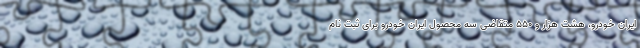
ایران خودرو، هشت هزار و ۵۵۰ متقاضی سه محصول ایران خودرو برای ثبت نام